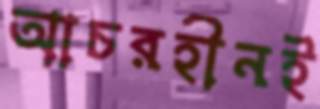
আচরহীনই